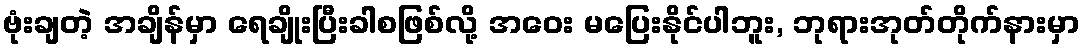
ဗုံးချတဲ့ အချိန်မှာ ရေချိုးပြီးခါစဖြစ်လို့ အဝေး မပြေးနိုင်ပါဘူး, ဘုရားအုတ်တိုက်နားမှာ